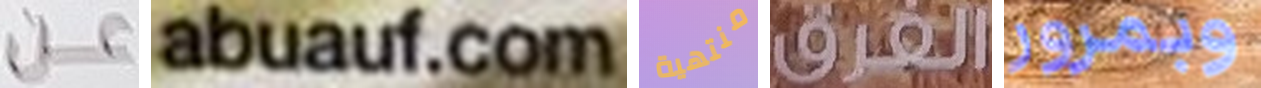
عن abuauf.com منتهية الفرق وبمرور